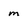
Character: m